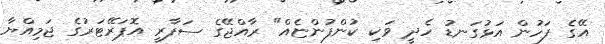
އޭގެ ފަހުން އަޅުގަނޑު ހެދީ ވަކި ކުންފުންޏެއް" ރާއްޖޭގެ ސަފާރީ އޮޕަރޭޓަރުގެ ޖަމިއްޔާ